Rangoon Lunatic Asylum 1893-1897 - 1893-1897
Year: 1893
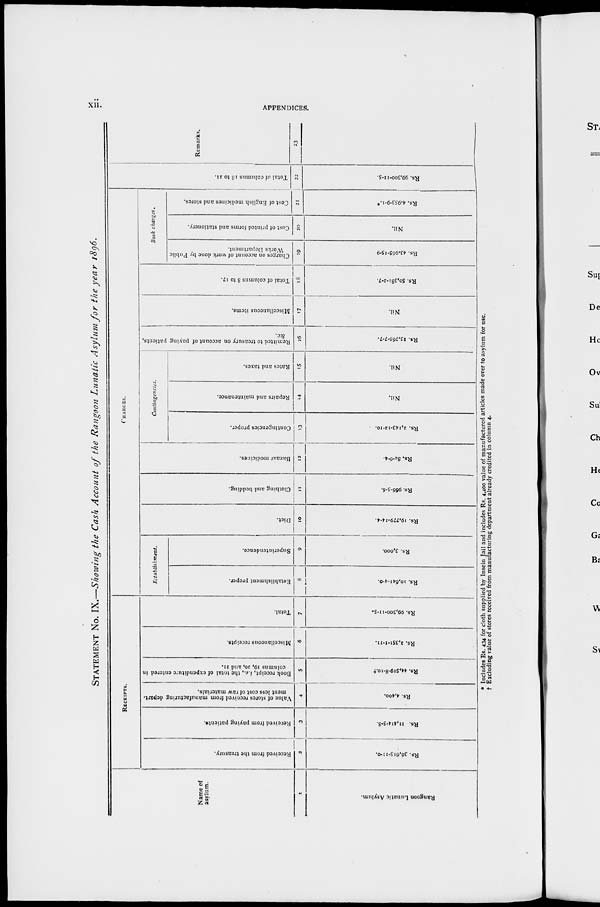
xii.
APPENDICES.
STATEMENT No. IX.—Showing the Cash Account of the Rangoon Lunatic Asylum for the year 1896.
Name of
asylum.
1
Rangoon Lunatic Asylum.
RECEIPTS.
Received from the treasury.
2
Rs. 36,615-11-0.
Received from paying patients.
3
Rs. 11,414-5-8.
Value of stores received from manufacturing depart¬
ment less cost of raw materials.
4
Rs. 4,400.
Book receipt, i.e., the total of expenditure entered in
columns 19, 20, and 21.
5
Rs. 44,519-8-10.†
Miscellaneous receipts.
6
Rs. 2,351-1-11.
Total.
7
Rs. 99,300-11-5.
CHARGES.
Establishment.
Establishment proper.
8
Rs. 10,641-4-0.
Superintendence.
9
Rs. 3,000.
Diet.
10
Rs. 19,779-14-4.
Clothing and bedding.
11
Rs. 966-5-6.
Bazaar medicines.
12
Rs. 84-6-4.
Contingencies.
Contingencies proper.
Repairs and maintenance.
Rates and taxes.
13
Rs. 2,143-12-10.
14
Nil.
15
Nil.
Remitted to treasury on account of paying patients,
&c.
16
Rs. 13,765-7-7.
Miscellaneous items.
17
Nil.
Total of columns 8 to 17.
18
Rs. 50,381-2-7.
Book charges.
Charges on account of work done by Public
Works Department.
19
Rs. 43,965-15-9
Cost of printed forms and stationery.
20
Nil.
Cost of English medicines and stores.
21
Rs. 4,953-9-1.*
Total of columns 18 to 21.
22
Rs. 99,300-11-5.
Remarks.
23
* Includes Rs. 434 for cloth supplied by Insein Jail and includes Rs. 4,400 value of manufactured articles made over to asylum for use.
† Excluding value of stores received from manufacturing department already credited in column 4.